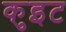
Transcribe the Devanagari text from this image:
कुइट